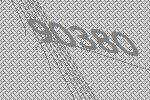
90380